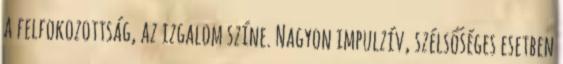
a felfokozottság, az izgalom színe. Nagyon impulzív, szélsőséges esetben